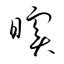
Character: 瞑